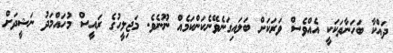
ދައްކާ ބަހަނާތަކަކީ އެއްވެސް ވަރަކަށް ބަލައިގަނެވޭނެކަންކަމެއް ނޫނެވެ. މަޖިލީހުގެ ރައީސް މުހައްމަދު ނަޝީދަށް